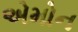
એમોન